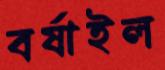
বর্ষাইল